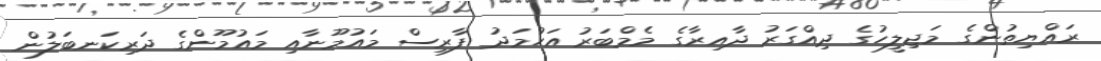
ރައްޔިތުންގެ މަޖިލީހުގެ ދިއްގަރު ދާއިރާގެ މެމްބަރު އަހުމަދު ފާރިސް މައުމޫނާއި މައުމޫންގެ ދަރިކަނބަލުން